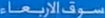
سوف-الإزعاء